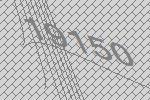
19150